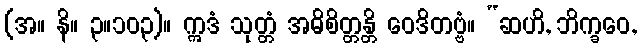
(အ။ နိ။ ၃။၁၀၃)။ ဣဒံ သုတ္တံ အဓိစိတ္တန္တိ ဝေဒိတဗ္ဗံ။ “ဆဟိ, ဘိက္ခဝေ,